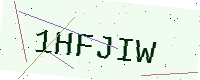
Text: 1HFJIW